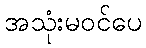
အသုံးမဝင်ပေ